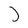
Character: J